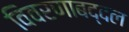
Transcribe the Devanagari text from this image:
विवरणाबद्दल